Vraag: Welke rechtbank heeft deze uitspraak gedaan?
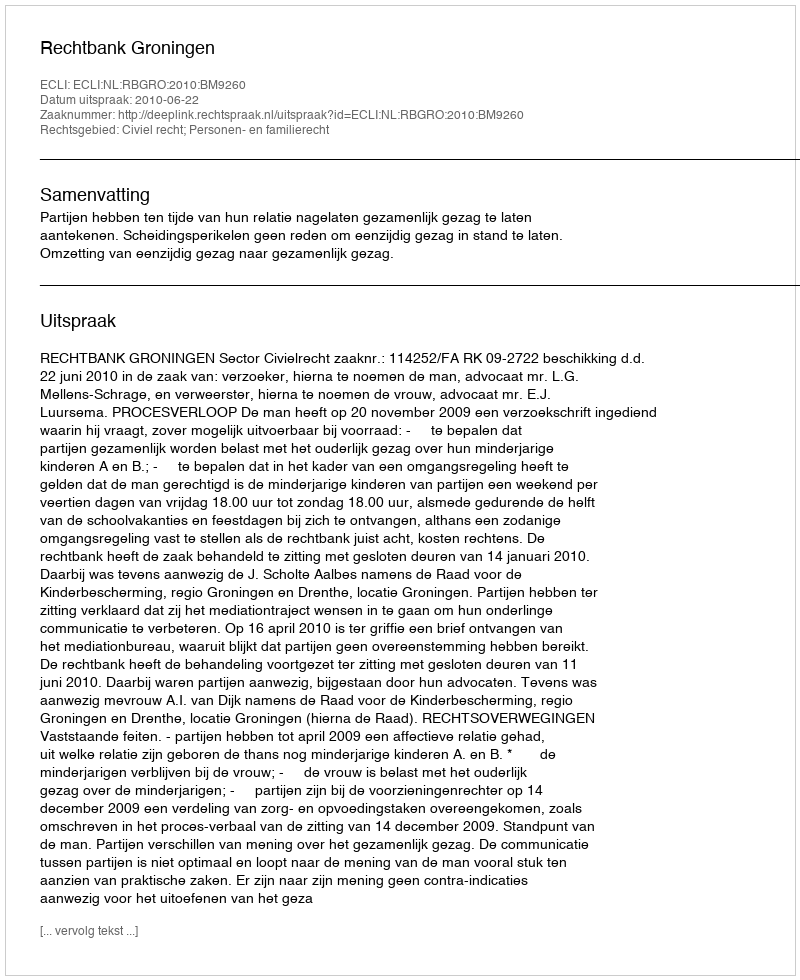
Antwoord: Rechtbank Groningen